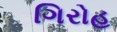
ગિરોહ